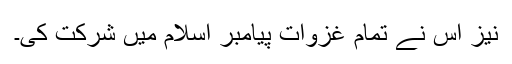
نیز اس نے تمام غزوات پیامبر اسلام میں شرکت کی۔